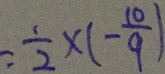
= \frac { 1 } { 2 } \times ( - \frac { 1 0 } { 9 } )